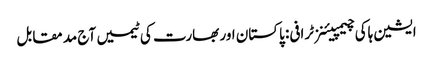
ایشین ہاکی چیمپیئنز ٹرافی: پاکستان اور بھارت کی ٹیمیں آج مد مقابل